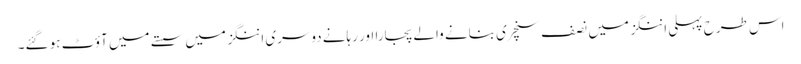
اس طرح پہلی اننگز میں نصف سنچری بنانے والے پجارا اور رہانے دوسری اننگز میں سستے میں آؤٹ ہو گئے۔